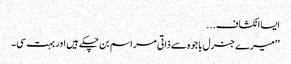
ایسا انکشاف ...
’’میرے جنرل باجوہ سے ذاتی مراسم بن چکے ہیں اور بہت سی۔